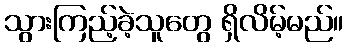
သွားကြည့်ခဲ့သူတွေ ရှိလိမ့်မည်။